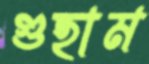
গুহাম